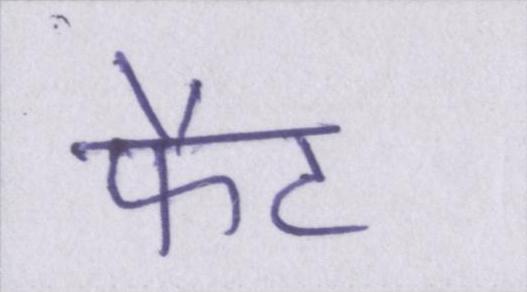
फैट